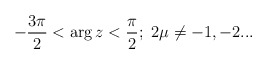
\begin{align*}-\frac{3\pi }2<\arg z<\frac \pi 2;\ 2\mu \neq -1,-2...\end{align*}